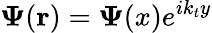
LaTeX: \mathbf{\Psi}(\mathbf{r})=\mathbf{\Psi}(x)e^{ik_{t}y}